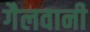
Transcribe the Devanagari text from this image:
गैलवानी